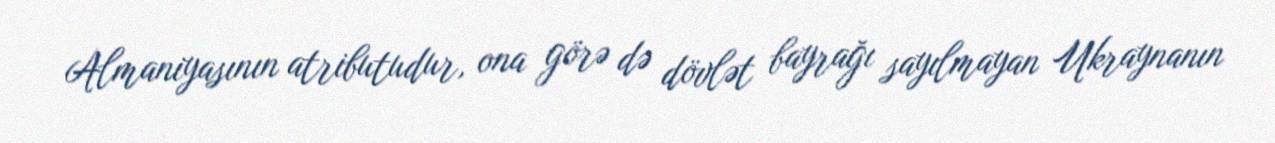
Almaniyasının atributudur, ona görə də dövlət bayrağı sayılmayan Ukraynanın